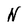
Character: N